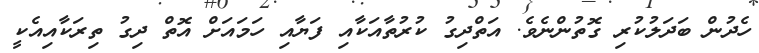
ހެދުން ބަދަލުކުރި ގޮތުންނެވެ. އަތްދިގު ކުރުތާއަކާއި ފަޔާއި ހަމައަށް އޮތް ދިގު ތިރަކާއިއެކީ